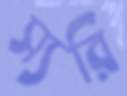
স্যরি